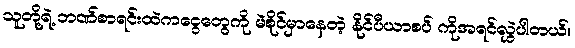
သူတို့ရဲ့ ဘဏ်စာရင်းထဲကငွေတွေကို မဲစိုင်မှာနေတဲ့ နိုင်ပီယာစပ် ကိုအရင်လွှဲပါတယ်။